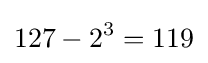
127-2^{3}=119